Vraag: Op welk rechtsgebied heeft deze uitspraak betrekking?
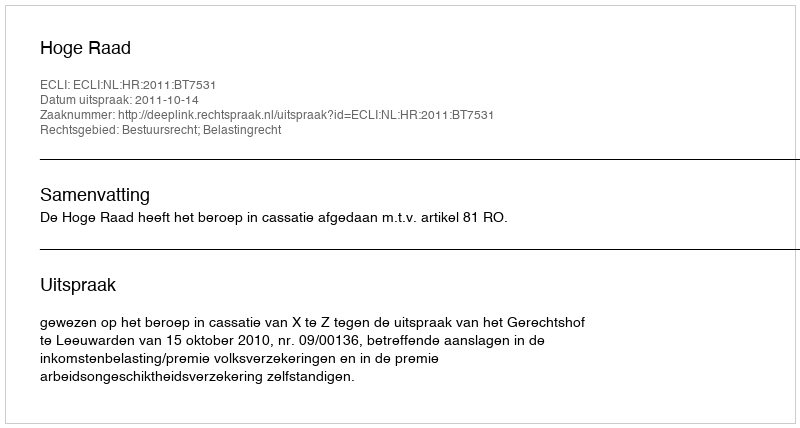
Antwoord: Bestuursrecht; Belastingrecht